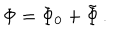
\Phi = \Phi _ { 0 } + \tilde { \Phi } \, .